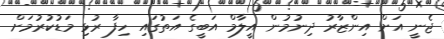
ޖެނީ އަށް އިންޒާރު ދިނުމުން އީލާމް އަބީގެ އަތުގައި ހިފާ ރުޅި މަޑުކުރުމަށް